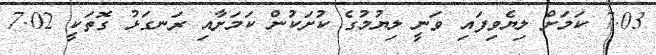
7.03 ކަމަށް ލިޔެވިފައި ވަނީ ލިޔުމުގެ ކުށަކުން ކަމަށާއި ރަނގަޅު ގޮތަކީ 7.02